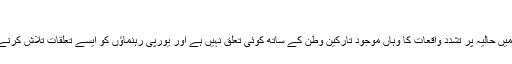
‘
یورپی کمشنر کا کہنا تھا کہ یورپ میں حالیہ پر تشدد واقعات کا وہاں موجود تارکین وطن کے ساتھ کوئی تعلق نہیں ہے اور یورپی رہنماؤں کو ایسے تعلقات تلاش کرنے کی کوشش بھی نہیں کرنی چاہیے۔